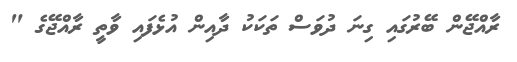
ރާއްޖޭން ބޭރުގައި ގިނަ ދުވަސް ތަކަކު ދާއިން އުޅެފައި ވާތީ ރާއްޖޭގެ "